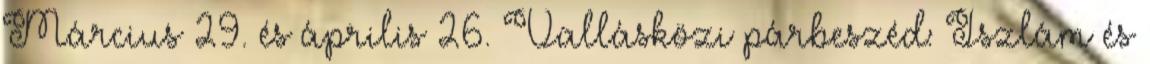
Március 29. és április 26. Vallásközi párbeszéd: Iszlám és